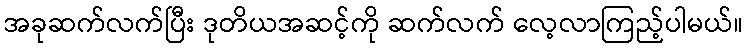
အခုဆက်လက်ပြီး ဒုတိယအဆင့်ကို ဆက်လက် လေ့လာကြည့်ပါမယ်။